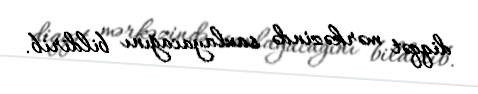
diqqət mərkəzində saxlayacağını bildirib.